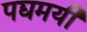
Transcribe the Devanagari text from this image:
पद्यमयी